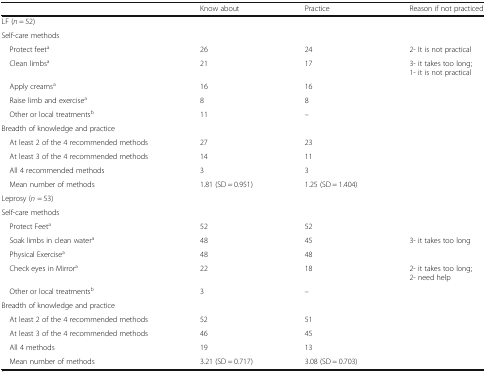
<table><thead><tr><td></td><td><b>Know about</b></td><td><b>Practice</b></td><td><b>Reason if not practiced</b></td></tr></thead><tbody><tr><td colspan="4">LF (<i>n</i> = 52)</td></tr><tr><td colspan="4">Self-care methods</td></tr><tr><td> Protect feet<sup>a</sup></td><td>26</td><td>24</td><td>2- It is not practical</td></tr><tr><td> Clean limbs<sup>a</sup></td><td>21</td><td>17</td><td>3- it takes too long;1- it is not practical</td></tr><tr><td> Apply creams<sup>a</sup></td><td>16</td><td>16</td><td></td></tr><tr><td> Raise limb and exercise<sup>a</sup></td><td>8</td><td>8</td><td></td></tr><tr><td> Other or local treatments<sup>b</sup></td><td>11</td><td>–</td><td></td></tr><tr><td colspan="4">Breadth of knowledge and practice</td></tr><tr><td> At least 2 of the 4 recommended methods</td><td>27</td><td>23</td><td></td></tr><tr><td> At least 3 of the 4 recommended methods</td><td>14</td><td>11</td><td></td></tr><tr><td> All 4 recommended methods</td><td>3</td><td>3</td><td></td></tr><tr><td> Mean number of methods</td><td>1.81 (SD = 0.951)</td><td>1.25 (SD = 1.404)</td><td></td></tr><tr><td colspan="4">Leprosy (<i>n</i> = 53)</td></tr><tr><td colspan="4">Self-care methods</td></tr><tr><td> Protect Feet<sup>a</sup></td><td>52</td><td>52</td><td></td></tr><tr><td> Soak limbs in clean water<sup>a</sup></td><td>48</td><td>45</td><td>3- it takes too long</td></tr><tr><td> Physical Exercise<sup>a</sup></td><td>48</td><td>48</td><td></td></tr><tr><td> Check eyes in Mirror<sup>a</sup></td><td>22</td><td>18</td><td>2- it takes too long;2- need help</td></tr><tr><td> Other or local treatments<sup>b</sup></td><td>3</td><td>–</td><td></td></tr><tr><td colspan="4">Breadth of knowledge and practice</td></tr><tr><td> At least 2 of the 4 recommended methods</td><td>52</td><td>51</td><td></td></tr><tr><td> At least 3 of the 4 recommended methods</td><td>46</td><td>45</td><td></td></tr><tr><td> All 4 methods</td><td>19</td><td>13</td><td></td></tr><tr><td> Mean number of methods</td><td>3.21 (SD = 0.717)</td><td>3.08 (SD = 0.703)</td><td></td></tr></tbody></table>